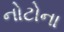
નોટોના